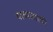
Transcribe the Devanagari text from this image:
याच्यासाठी